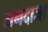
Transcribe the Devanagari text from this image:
अनदाजा